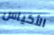
الأكياس